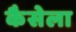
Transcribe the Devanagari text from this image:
कैसेला